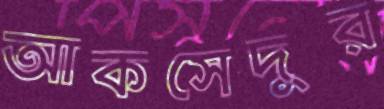
আকসেদুর